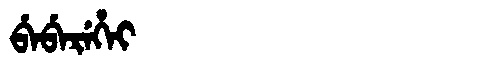
Manchu: ᠪᡝᠪᡝᡵᡝᡥᡝᡳ
Romanization: BEBEREHEI